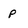
Character: p